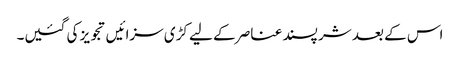
اس کے بعد شر پسند عناصر کے لیے کڑی سزائیں تجویز کی گئیں۔